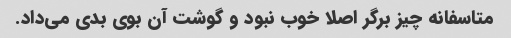
متاسفانه چیز برگر اصلا خوب نبود و گوشت آن بوی بدی می‌داد.